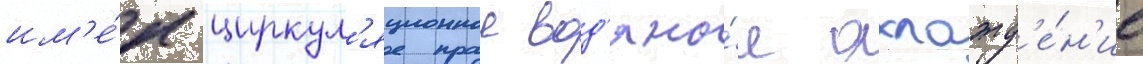
им'е́л циркул'яционное вод'яно́е охлажд'е́н'ие